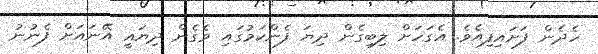
ހެދެން ފަށައިފިއެވެ. އެގަހަށް ލިބިގެން ދިޔަ ފެންކަމުގައި ވެގެން ދިޔައީ އޭނައަށް ފެނުނު